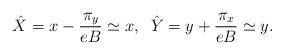
LaTeX: \begin{align*}\hat X=x-\frac{\pi_{y}}{eB}\simeq x,\;\;\hat Y=y+\frac{\pi_{x}}{eB}\simeq y.\end{align*}